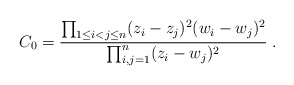
\begin{align*}C_0 =\frac{\prod_{1 \leq i < j \leq n} (z_i - z_j )^2 ( w_i - w_j )^2 }{\prod_{i,j = 1}^n ( z_i - w_j )^2 } \; .\end{align*}